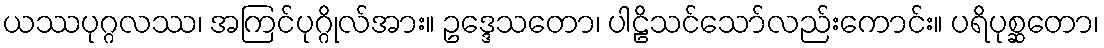
ယဿပုဂ္ဂလဿ၊ အကြင်ပုဂ္ဂိုလ်အား။ ဥဒ္ဒေသတော၊ ပါဠိသင်သော်လည်းကောင်း။ ပရိပုစ္ဆတော၊